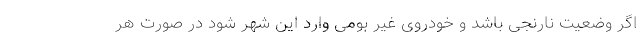
اگر وضعیت نارنجی باشد و خودروی غیر بومی وارد این شهر شود در صورت هر